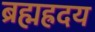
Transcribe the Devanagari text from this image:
ब्रह्मह्रदय